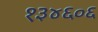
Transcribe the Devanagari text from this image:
१३४६०६